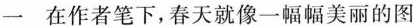
一 在作者笔下,春天就像一幅幅美丽的图